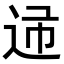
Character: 𨒝